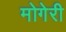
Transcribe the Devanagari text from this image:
मोगेरी